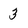
Character: 3